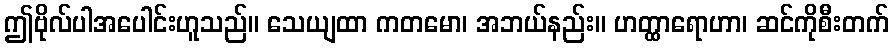
ဤဗိုလ်ပါအပေါင်းဟူသည်။ သေယျထာ ကတမော၊ အဘယ်နည်း။ ဟတ္ထာရောဟာ၊ ဆင်ကိုစီးတက်